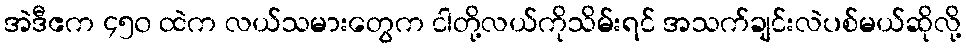
အဲဒီဧက ၄၅၀ ထဲက လယ်သမားတွေက ငါတို့လယ်ကိုသိမ်းရင် အသက်ချင်းလဲပစ်မယ်ဆိုလို့